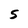
Character: 5